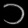
Digit: ၁